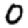
Digit: 0